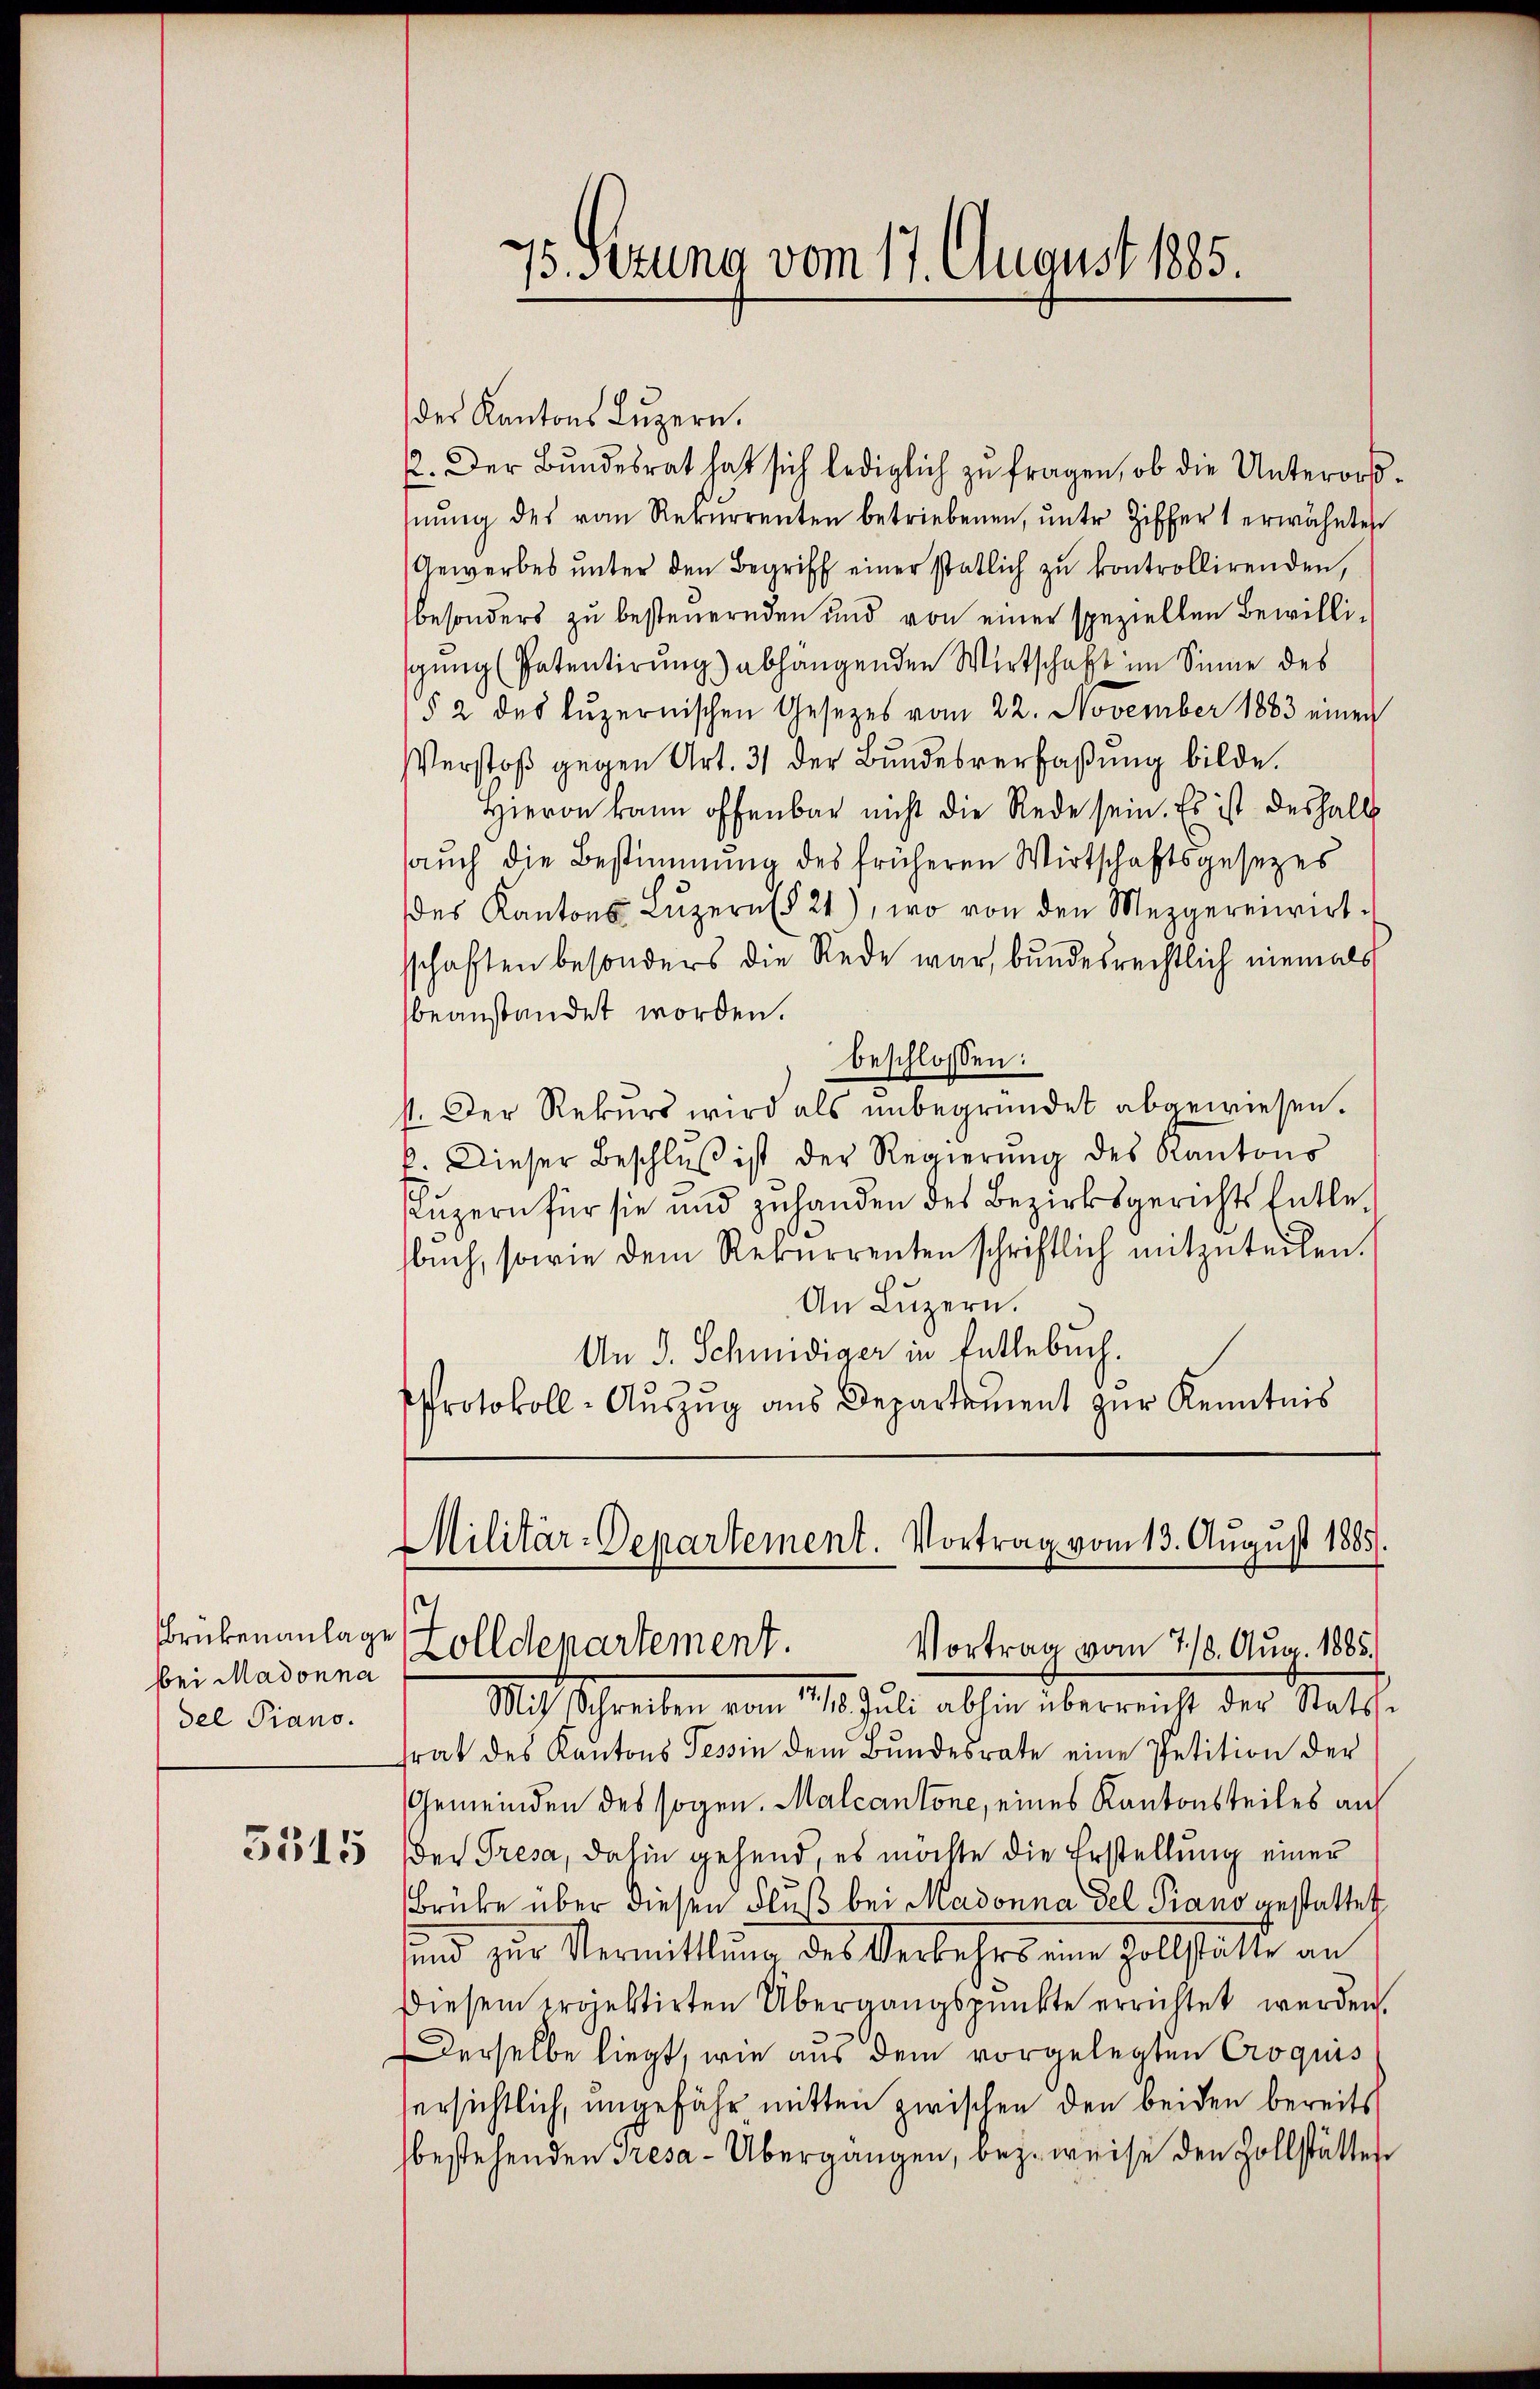
Brükenanlage
bei Madonna
del Piano.

5315

der Kantons Luzern.
2. Der Bundesrat hat sich lediglich zu fragen, ob die Unterorsnŭng des vom Rekŭrrenten betriebenen, ŭnter Ziffert erwähnten
Gewerbes ŭnter den Begriff einer statlich zu kontrollirenden,
besonders zu besteuernden und von einer speziellen Bewilligung (Patentirung) abhangenden Wirtschaft im Sinne des
§ 2 des Luzernischen Gesetzes vom 22. November 1883 einen
Verstoß gegen Art. 31 der Bundesverfaßung bilde.
Hieron kann offenbar nicht die Rede sein. Es ist deshalb
auch die Bestimmung des früheren Wirtschaftsgesezes
des Kantons Lŭzern (§ 21), wo von den Mezgereiwirt-
sschaften besonders die Rede war, bundesrechtlich niemals
beanstandet worden.
beschlossen:
11. Der Rekurs wird als unbegründet abgewiesen.
b. Dieser Beschlŭβ ist der Regierŭng des Kantons
Luzern für sie und zuhanden des Bezirksgerichts hatte,
bŭch, sowie dem Rekurrenten schriftlich mitzuteilen.
An Luzern.
An J. Schuldiger in Entlebuch.
PProtokoll-Auszug aus Departement zur Kenntnis

75. sezung vom 17. August 1885.

Militär-Departement. Vortrag vom 13. August 1885.
Zolldepartement
Vortrag vom 7./8. Aug. 1885.

Mit Schreiben vom 17/18. Jŭli abhin überreicht der Stats-
srat des Kantons Tessin dem Bundesrate eine Petition der
Gemeinden des sogen. Malcantone, eines Kantonsteiles auf
der Tresa, dahin gehend es möchte die Erstellung einer
Brüke über diesen Fluß bei Madonna del Piano anstattet
sund zur Vermittlung des Verkehrs eine Zollstätte an
Diesem projektirten Übergangspunkte errichtet werden.
Derselbe liegt, wie aus dem vorgelegten Croquis
ersichtlich, ungefähr mitten zwischen den beiden bereits
bestehenden Tresa-Übergangen, bezweise den Zollstätter